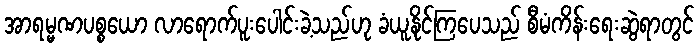
အာရမ္မဏပစ္စယော လာရောက်ပူးပေါင်းခဲ့သည်ဟု ခံယူနိုင်ကြပေသည် စီမံကိန်းရေးဆွဲရာတွင်